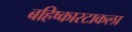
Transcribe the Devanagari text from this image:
बहिष्कारटाकला